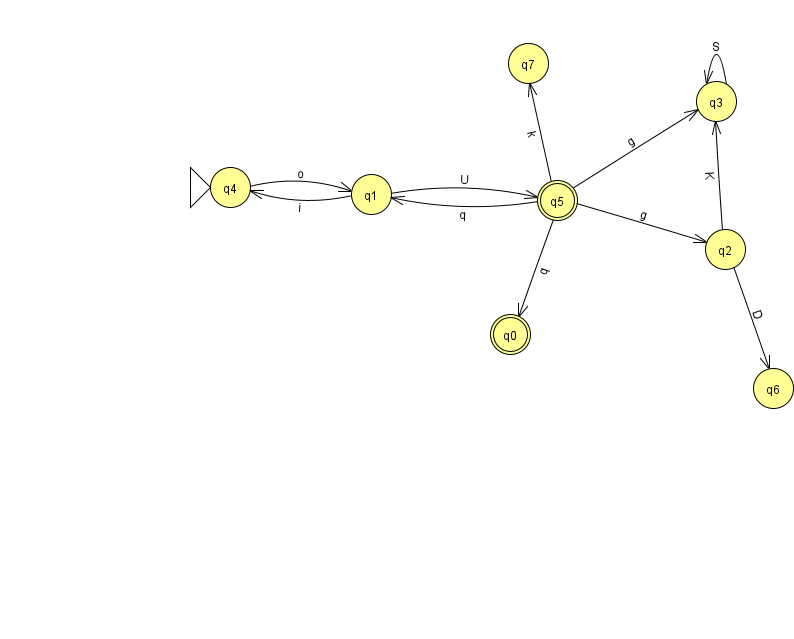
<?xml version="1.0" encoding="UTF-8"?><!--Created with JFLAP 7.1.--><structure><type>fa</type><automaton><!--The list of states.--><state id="0" name="q0"><x>510.0</x><y>321.0</y><final/></state><state id="1" name="q1"><x>371.0</x><y>181.0</y></state><state id="2" name="q2"><x>725.0</x><y>236.0</y></state><state id="3" name="q3"><x>716.0</x><y>88.0</y></state><state id="4" name="q4"><x>230.0</x><y>174.0</y><initial/></state><state id="5" name="q5"><x>557.0</x><y>187.0</y><final/></state><state id="6" name="q6"><x>773.0</x><y>375.0</y></state><state id="7" name="q7"><x>528.0</x><y>50.0</y></state><!--The list of transitions.--><transition><from>5</from><to>1</to><read>q</read></transition><transition><from>1</from><to>4</to><read>i</read></transition><transition><from>3</from><to>3</to><read>S</read></transition><transition><from>1</from><to>5</to><read>U</read></transition><transition><from>5</from><to>7</to><read>k</read></transition><transition><from>4</from><to>1</to><read>o</read></transition><transition><from>2</from><to>6</to><read>D</read></transition><transition><from>5</from><to>0</to><read>q</read></transition><transition><from>5</from><to>2</to><read>g</read></transition><transition><from>2</from><to>3</to><read>K</read></transition><transition><from>5</from><to>3</to><read>g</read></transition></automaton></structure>